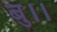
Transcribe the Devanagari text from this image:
बु।।